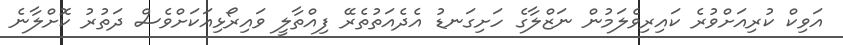
އަވިކް ކުރިއަށްވުރެ ކައިރިވެލަމުން ނަޒްލާގެ ހަށިގަނޑު އެދެއަތުތެރޭ ފިއްތާލީ ވައިރޯޅިއަކަށްވެސް ދަތުރު ކޮށްލާނެ